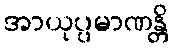
အာယုပ္ပမာဏန္တိ